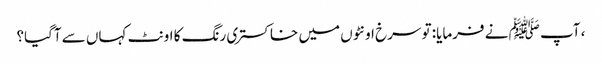
، آپ ﷺ نے فرمایا: تو سرخ اونٹوں میں خاکستری رنگ کا اونٹ کہاں سے آگیا؟